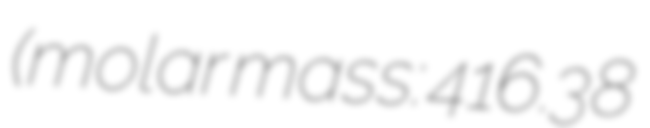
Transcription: (molar mass: 416.38